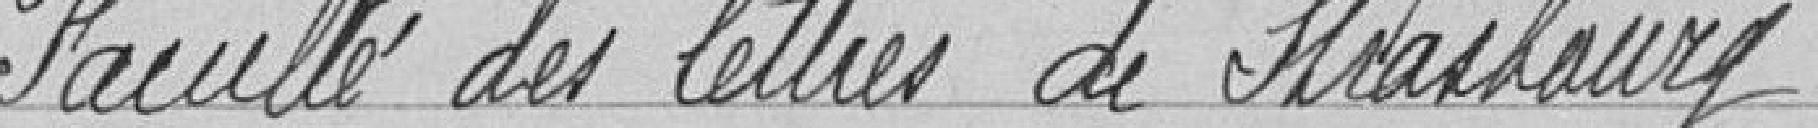
Faculté des lettres de Strasbourg